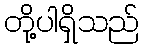
တို့ပါရှိသည်